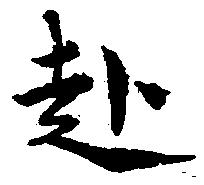
赴